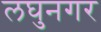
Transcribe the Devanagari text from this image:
लघुनगर